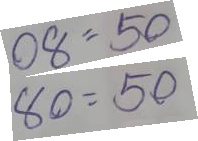
08 = 50